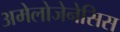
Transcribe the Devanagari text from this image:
अमेलोजेनेसिस